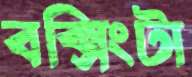
বক্সিংটা